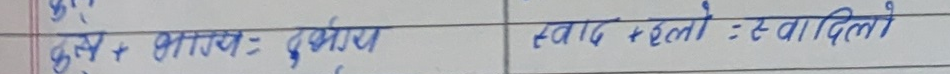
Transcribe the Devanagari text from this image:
कृश + गातय: दुई गातय स्वाद + हेलो: स्वादिलो